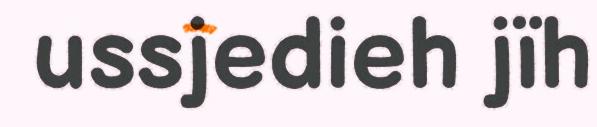
ussjedieh jïh